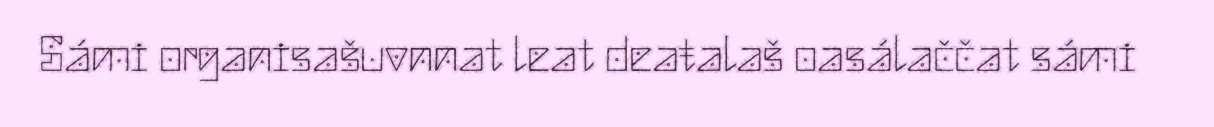
Sámi organisašuvnnat leat deaŧalaš oasálaččat sámi